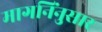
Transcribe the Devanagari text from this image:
मागनिंनुसार